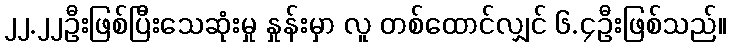
၂၂.၂၂ဦးဖြစ်ပြီးသေဆုံးမှု နှုန်းမှာ လူ တစ်ထောင်လျှင် ၆.၄ဦးဖြစ်သည်။